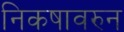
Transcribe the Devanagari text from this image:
निकषावरुन